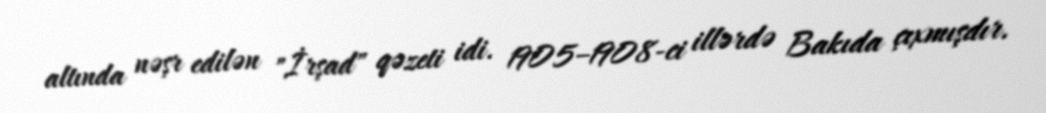
altında nəşr edilən "İrşad" qəzeti idi. 1905–1908-ci illərdə Bakıda çıxmışdır.